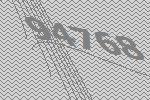
94768